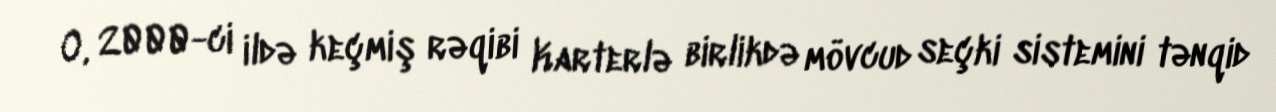
O, 2000-ci ildə keçmiş rəqibi Karterlə birlikdə mövcud seçki sistemini tənqid